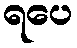
ရပေ